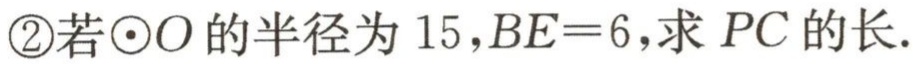
\textcircled{2}若$\odot O$的半径为$15$,$BE = 6$,求$PC$的长.